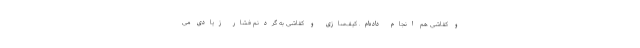
و کفاشی هم انجام داده‌ام. کیف‌سازی و کفاشی به گردنم فشار زیادی می